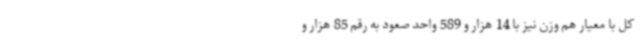
کل با معیار هم وزن نیز با 14 هزار و 589 واحد صعود به رقم 85 هزار و